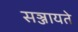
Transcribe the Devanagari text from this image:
सञ्जायते